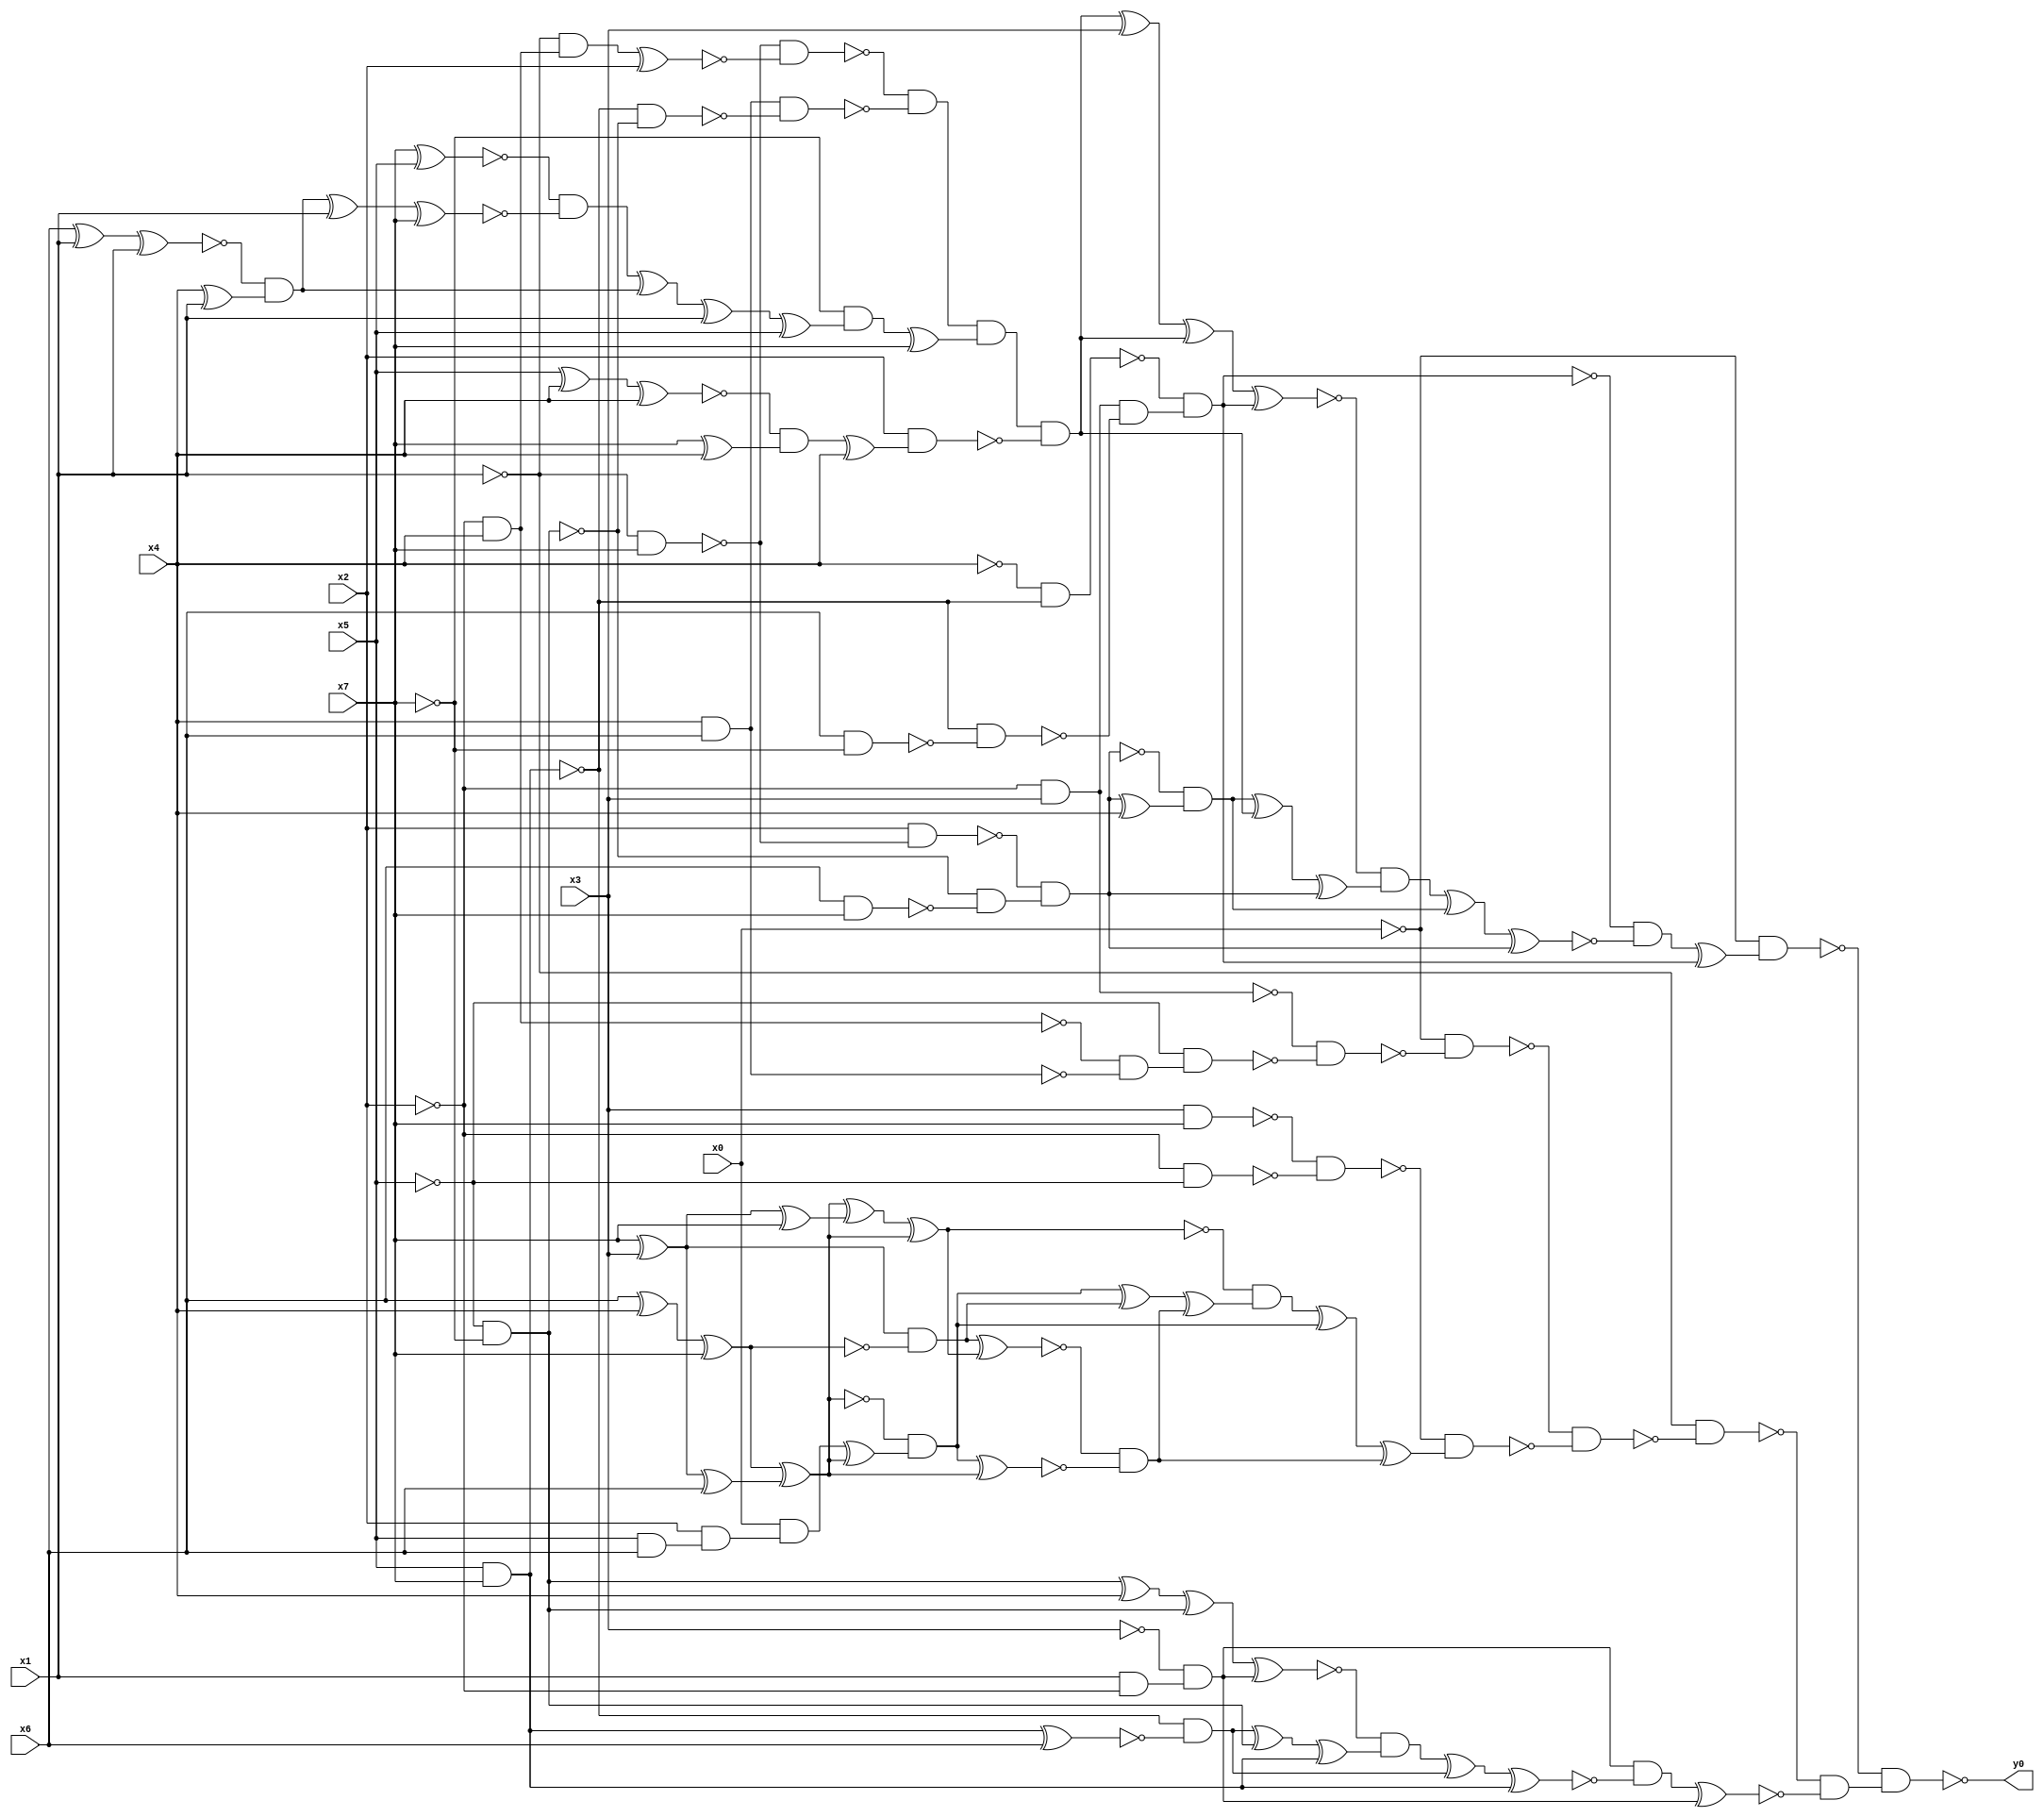
module top( x0 , x1 , x2 , x3 , x4 , x5 , x6 , x7 , y0 );
  input x0 , x1 , x2 , x3 , x4 , x5 , x6 , x7 ;
  output y0 ;
  wire n9 , n10 , n11 , n12 , n13 , n14 , n15 , n16 , n17 , n18 , n19 , n20 , n21 , n22 , n23 , n24 , n25 , n26 , n27 , n28 , n29 , n30 , n31 , n32 , n33 , n34 , n35 , n36 , n37 , n38 , n39 , n40 , n41 , n42 , n43 , n44 , n45 , n46 , n47 , n48 , n49 , n50 , n51 , n52 , n53 , n54 , n55 , n56 , n57 , n58 , n59 , n60 , n61 , n62 , n63 , n64 , n65 , n66 , n67 , n68 , n69 , n70 , n71 , n72 , n73 , n74 , n75 , n76 , n77 , n78 , n79 , n80 , n81 , n82 , n83 , n84 , n85 , n86 , n87 , n88 , n89 , n90 , n91 , n92 , n93 , n94 , n95 , n96 , n97 , n98 , n99 , n100 , n101 , n102 , n103 , n104 , n105 , n106 , n107 , n108 , n109 , n110 , n111 ;
  assign n9 = x5 & x7 ;
  assign n10 = ~x4 & ~n9 ;
  assign n11 = ~x2 & x3 ;
  assign n12 = x6 & ~x7 ;
  assign n13 = ~n9 & ~n12 ;
  assign n14 = n11 & ~n13 ;
  assign n15 = ~n10 & n14 ;
  assign n16 = ~x1 & x7 ;
  assign n17 = ~x2 & x4 ;
  assign n18 = ~x1 & n17 ;
  assign n19 = n18 ^ x2 ;
  assign n20 = ~n16 & ~n19 ;
  assign n21 = x4 & x6 ;
  assign n22 = ~x5 & ~x7 ;
  assign n23 = ~n9 & ~n22 ;
  assign n24 = n21 & ~n23 ;
  assign n25 = ~n20 & ~n24 ;
  assign n26 = x7 ^ x5 ;
  assign n27 = x6 ^ x1 ;
  assign n28 = n27 ^ x1 ;
  assign n29 = x4 ^ x1 ;
  assign n30 = ~n28 & n29 ;
  assign n31 = n30 ^ x1 ;
  assign n32 = n31 ^ x7 ;
  assign n33 = ~n26 & ~n32 ;
  assign n34 = n33 ^ n30 ;
  assign n35 = n34 ^ x1 ;
  assign n36 = n35 ^ x5 ;
  assign n37 = ~x7 & n36 ;
  assign n38 = n37 ^ x7 ;
  assign n39 = n25 & n38 ;
  assign n40 = x5 ^ x4 ;
  assign n41 = n40 ^ x4 ;
  assign n42 = x7 ^ x4 ;
  assign n43 = ~n41 & n42 ;
  assign n44 = n43 ^ x4 ;
  assign n45 = x2 & n44 ;
  assign n46 = n39 & ~n45 ;
  assign n47 = n46 ^ x3 ;
  assign n48 = n47 ^ n46 ;
  assign n49 = n48 ^ n15 ;
  assign n50 = x2 & ~n16 ;
  assign n51 = x6 & x7 ;
  assign n52 = ~n22 & ~n51 ;
  assign n53 = ~n50 & n52 ;
  assign n54 = n53 ^ x4 ;
  assign n55 = ~n53 & n54 ;
  assign n56 = n55 ^ n46 ;
  assign n57 = n56 ^ n53 ;
  assign n58 = ~n49 & n57 ;
  assign n59 = n58 ^ n55 ;
  assign n60 = n59 ^ n53 ;
  assign n61 = ~n15 & ~n60 ;
  assign n62 = n61 ^ n15 ;
  assign n63 = ~x0 & n62 ;
  assign n64 = ~n17 & ~n21 ;
  assign n65 = ~x5 & n64 ;
  assign n66 = ~n11 & ~n65 ;
  assign n67 = ~x0 & ~n66 ;
  assign n68 = x3 & x7 ;
  assign n69 = ~x2 & ~x5 ;
  assign n70 = ~n68 & ~n69 ;
  assign n74 = x6 ^ x4 ;
  assign n75 = n74 ^ x7 ;
  assign n71 = x7 ^ x3 ;
  assign n73 = n71 ^ x6 ;
  assign n76 = n75 ^ n73 ;
  assign n72 = n71 ^ x7 ;
  assign n77 = n76 ^ n72 ;
  assign n78 = n77 ^ n76 ;
  assign n81 = x5 & x6 ;
  assign n82 = x2 & n81 ;
  assign n83 = x0 & n82 ;
  assign n84 = n83 ^ n76 ;
  assign n85 = ~n76 & n84 ;
  assign n79 = n71 & ~n75 ;
  assign n88 = n85 ^ n79 ;
  assign n80 = n79 ^ n78 ;
  assign n86 = n85 ^ n76 ;
  assign n87 = ~n80 & ~n86 ;
  assign n89 = n88 ^ n87 ;
  assign n90 = ~n78 & n89 ;
  assign n91 = n90 ^ n85 ;
  assign n92 = n91 ^ n87 ;
  assign n93 = ~n70 & n92 ;
  assign n94 = ~n67 & ~n93 ;
  assign n95 = ~x1 & ~n94 ;
  assign n96 = x1 & ~x2 ;
  assign n97 = ~x3 & n96 ;
  assign n98 = n22 ^ x4 ;
  assign n99 = n98 ^ n22 ;
  assign n100 = n99 ^ n97 ;
  assign n101 = n9 ^ x6 ;
  assign n102 = ~n9 & ~n101 ;
  assign n103 = n102 ^ n22 ;
  assign n104 = n103 ^ n9 ;
  assign n105 = ~n100 & n104 ;
  assign n106 = n105 ^ n102 ;
  assign n107 = n106 ^ n9 ;
  assign n108 = n97 & ~n107 ;
  assign n109 = n108 ^ n97 ;
  assign n110 = ~n95 & ~n109 ;
  assign n111 = ~n63 & n110 ;
  assign y0 = ~n111 ;
endmodule